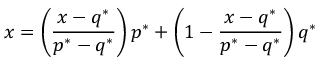
x = \left( { \frac { x - q ^ { * } } { p ^ { * } - q ^ { * } } } \right) p ^ { * } + \left( 1 - { \frac { x - q ^ { * } } { p ^ { * } - q ^ { * } } } \right) q ^ { * }